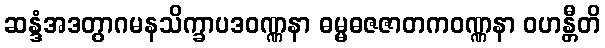
ဆန္ဒံအဒတွာဂမနသိက္ခာပဒဝဏ္ဏနာ ဓမ္မဓဇဇာတကဝဏ္ဏနာ ဝဟန္တီတိ